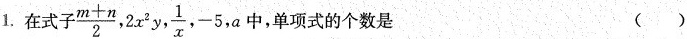
1. 在式子\frac{m+n}{2},2x^{2}y, \frac{1}{x},-5,a中，单项式的个数是 ( )